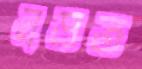
নড়ত